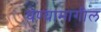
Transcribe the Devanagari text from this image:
घेण्यामागील